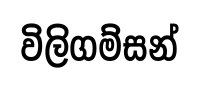
විලිගම්සන්